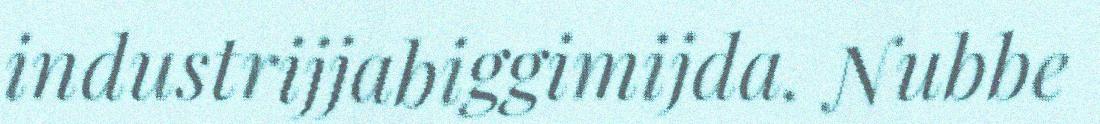
industrijjabiggimijda. Nubbe